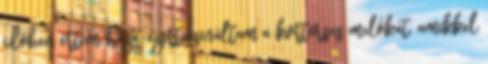
időben értem haza, ezért csináltam a kortársas melókat, amikkel